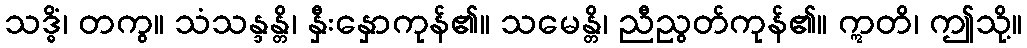
သဒ္ဓိံ၊ တကွ။ သံသန္ဒန္တိ၊ နှီးနှောကုန်၏။ သမေန္တိ၊ ညီညွတ်ကုန်၏။ ဣတိ၊ ဤသို့။